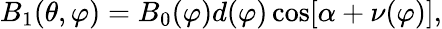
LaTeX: B_{1}(\theta,\varphi)=B_{0}(\varphi)d(\varphi)\cos[\alpha+\nu(\varphi)],